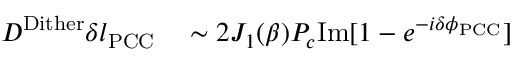
\begin{array} { r l } { D ^ { \mathrm { D i t h e r } } \delta l _ { \mathrm { P C C } } } & { { } \sim 2 J _ { 1 } ( \beta ) P _ { c } \mathrm { I m } [ 1 - e ^ { - i \delta \phi _ { \mathrm { P C C } } } ] } \end{array}